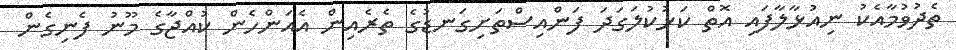
ތެދުވުމާއެކު ނިއުޅާލާފައި އޮތް ކަޅުކުލަގަދަ ފަންއިސްތަށިގަނޑުގެ ތެރެއިން އެއަންހެން ކުއްޖާގެ މޫނު ފެނިގެން